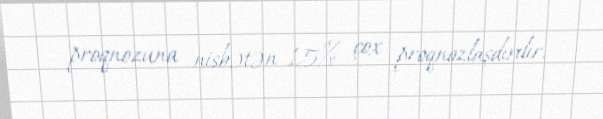
proqnozuna nisbətən 15% çox proqnozlaşdırılır.